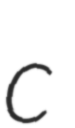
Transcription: c